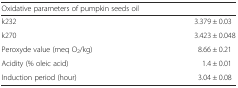
<table><thead><tr><td colspan="2"><b>Oxidative parameters of pumpkin seeds oil</b></td></tr></thead><tbody><tr><td>k232</td><td>3.379 ± 0.03</td></tr><tr><td>k270</td><td>3.423 ± 0.048</td></tr><tr><td>Peroxyde value (meq O<sub>2</sub>/kg)</td><td>8.66 ± 0.21</td></tr><tr><td>Acidity (% oleic acid)</td><td>1.4 ± 0.01</td></tr><tr><td>Induction period (hour)</td><td>3.04 ± 0.08</td></tr></tbody></table>